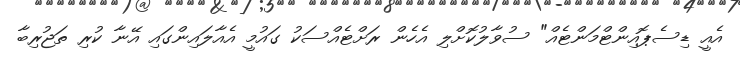
އެއީ ޑިސެޕޮއިންޓްމަންޓެއް" ސުވާލުކޮށްލި އެހެން ރަށްޓެއްސަކު ގައުމީ އެއާލައިންގައި އޭނާ ކުރި ތަޖުރިބާ